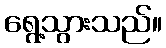
ရွေ့သွားသည်။